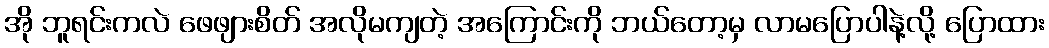
အို ဘူရင်းကလဲ ဖေဖျားစိတ် အလိုမကျတဲ့ အကြောင်းကို ဘယ်တော့မှ လာမပြောပါနဲ့လို့ ပြောထား